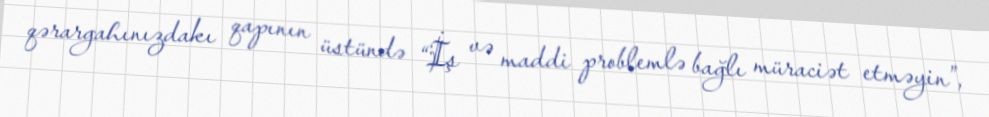
qərargahınızdakı qapının üstündə “İş və maddi problemlə bağlı müraciət etməyin”,